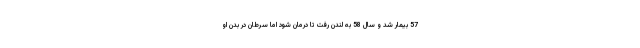
57 بیمار شد و سال 58 به لندن رفت تا درمان شود اما سرطان در بدن او